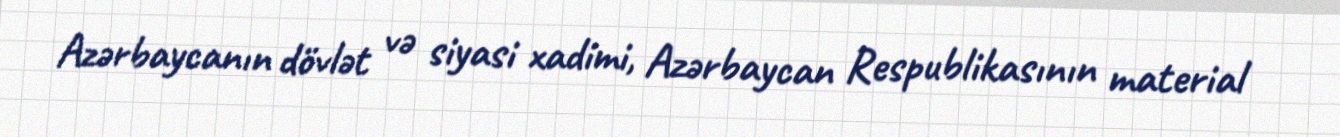
Azərbaycanın dövlət və siyasi xadimi, Azərbaycan Respublikasının material